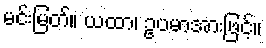
မင်းမြတ်။ ယထာ၊ ဥပမာအားဖြင့်။